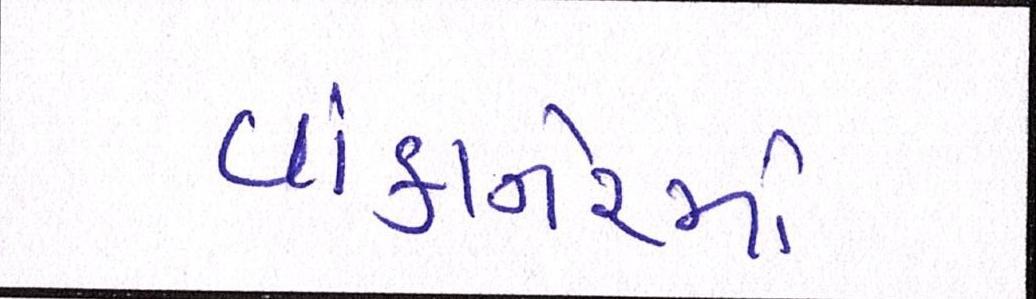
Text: વાંકાનેરમાં